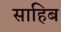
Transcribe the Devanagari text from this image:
साहिब